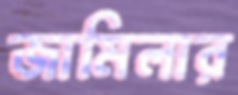
জামিলার